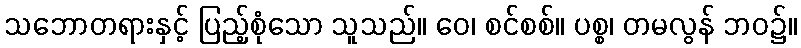
သဘောတရားနှင့် ပြည့်စုံသော သူသည်။ ဝေ၊ စင်စစ်။ ပစ္စ၊ တမလွန် ဘဝ၌။